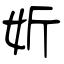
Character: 妡